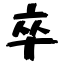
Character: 卒